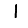
Digit: 1